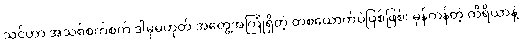
သင်ဟာ အသစ်စက်စက် ဒါမှမဟုတ် အတွေ့အကြုံရှိတဲ့ တစ်ယောက်ပဲဖြစ်ဖြစ်၊ မှန်ကန်တဲ့ ကိရိယာနဲ့